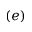
( e )